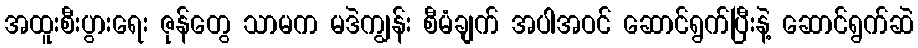
အထူးစီးပွားရေး ဇုန်တွေ သာမက မဒဲကျွန်း စီမံချက် အပါအဝင် ဆောင်ရွက်ပြီးနဲ့ ဆောင်ရွက်ဆဲ